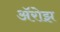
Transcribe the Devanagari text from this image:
ॲरोझ